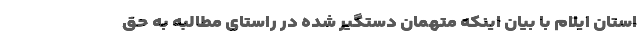
استان ایلام با بیان اینکه متهمان دستگیر شده در راستای مطالبه به حق